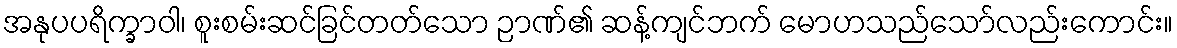
အနုပပရိက္ခာဝါ၊ စူးစမ်းဆင်ခြင်တတ်သော ဉာဏ်၏ ဆန့်ကျင်ဘက် မောဟသည်သော်လည်းကောင်း။